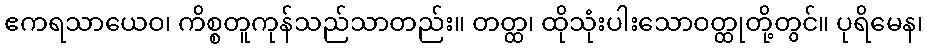
ဧကရသာယေဝ၊ ကိစ္စတူကုန်သည်သာတည်း။ တတ္ထ၊ ထိုသုံးပါးသောဝတ္ထုတို့တွင်။ ပုရိမေန၊